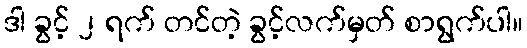
ဒါ ခွင့် ၂ ရက် တင်တဲ့ ခွင့်လက်မှတ် စာရွက်ပါ။